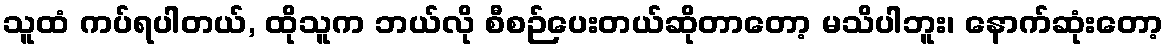
သူထံ ကပ်ရပါတယ်, ထိုသူက ဘယ်လို စီစဉ်ပေးတယ်ဆိုတာတော့ မသိပါဘူး၊ နောက်ဆုံးတော့